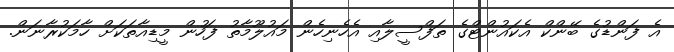
އެ ފަންޑުގެ ބޭންކް އެކައުންޓްގެ ތަފްސީލާއި އެހެނިހެން މައުލޫމާތު ފަހުން މީޑިއާތަކަށް ހާމަކުރާނަން.